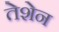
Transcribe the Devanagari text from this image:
तेशेन